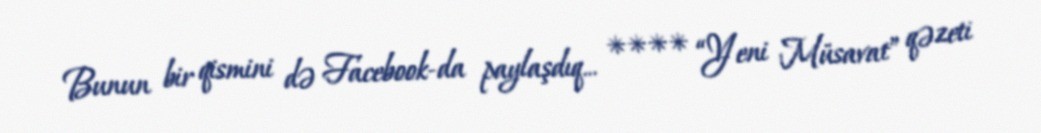
Bunun bir qismini də Facebook-da paylaşdıq... **** “Yeni Müsavat” qəzeti